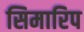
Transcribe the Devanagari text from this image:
सिमारिप